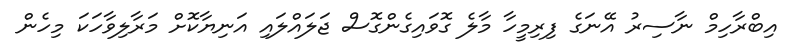
އިބްރާހިމް ނާސިރު އޭނަގެ ފިރިމީހާ މާލެ ގޮވައިގެންގޮސް ޖަލައްލައި އަނިޔާކޮށް މަރާލިވާހަކަ މިހެން